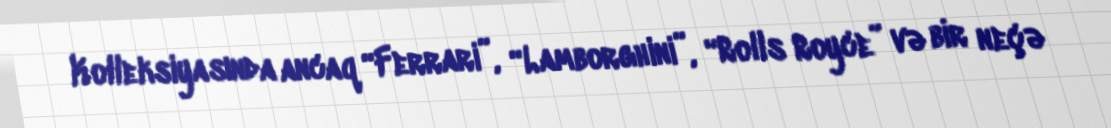
Kolleksiyasında ancaq “Ferrari”, “Lamborghini”, “Rolls Royce” və bir neçə